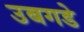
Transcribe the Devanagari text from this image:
उबगडे